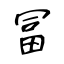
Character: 冨